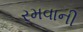
રમવાની